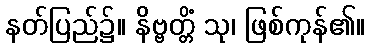
နတ်ပြည်၌။ နိဗ္ဗတ္တိံ သု၊ ဖြစ်ကုန်၏။